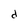
Character: d